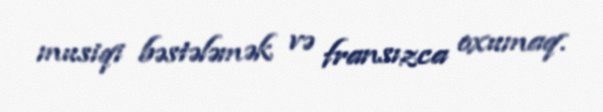
musiqi bəstələmək və fransızca oxumaq.